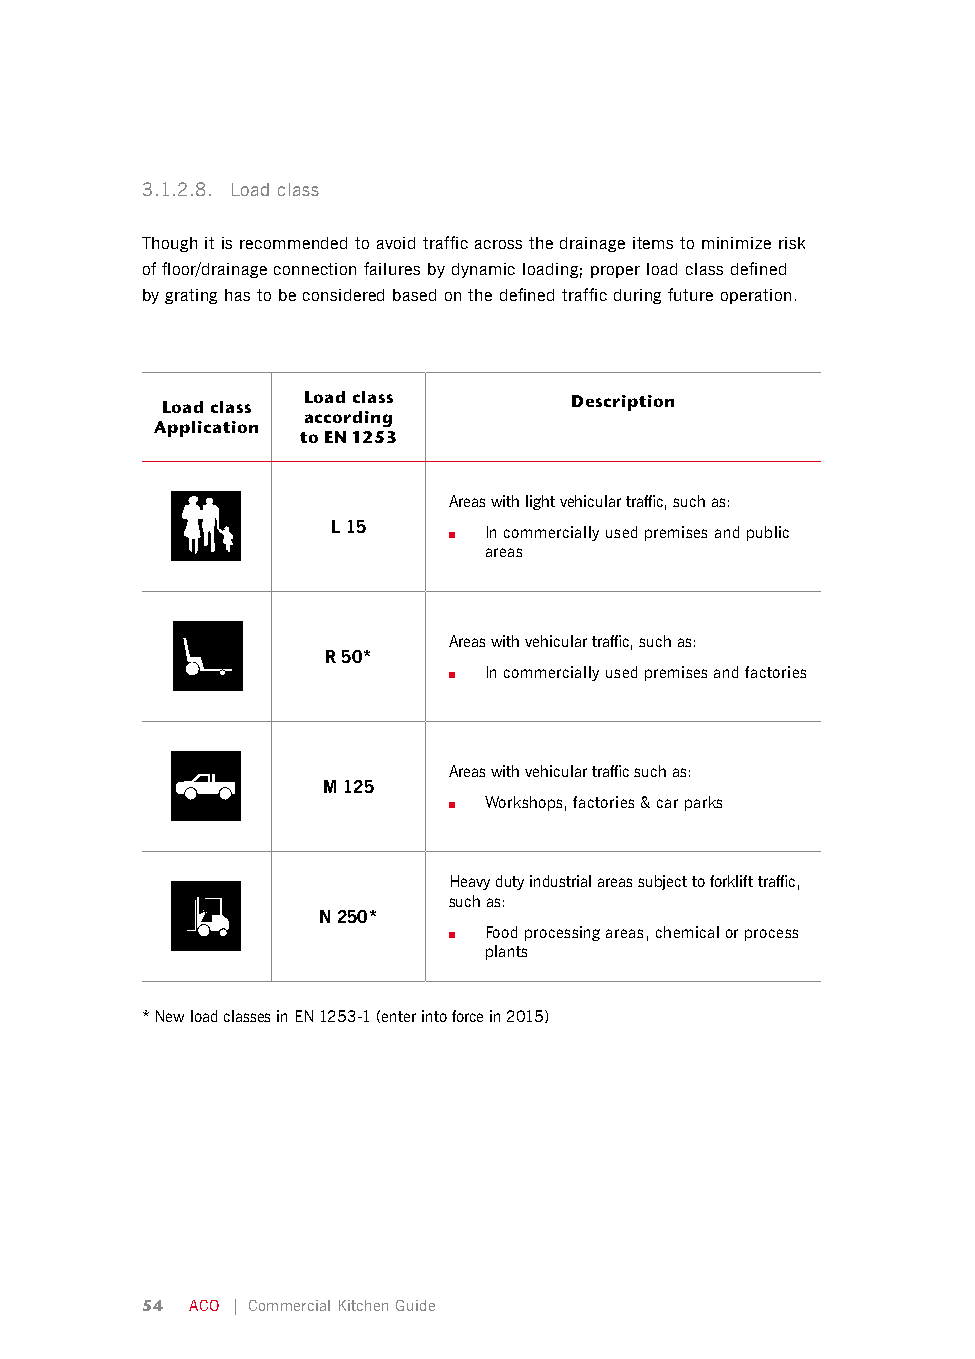
3.1.2.8. Load class
 Though it is recommended to avoid traffic across the drainage items to minimize risk
 of floor/drainage connection failures by dynamic loading; proper load class defined
 by grating has to be considered based on the defined traffic during future operation.
 Load class Load class      Description
 according
 Application
 to EN 1253
 Areas with light vehicular traffic, such as:
 L 15
 ■ In commercially used premises and public
 areas
 Areas with vehicular traffic, such as:
 R 50*
 ■ In commercially used premises and factories
 Areas with vehicular traffic such as:
 M 125
 ■ Workshops, factories & car parks
 Heavy duty industrial areas subject to forklift traffic,
 such as:
 N 250*
 ■ Food processing areas, chemical or process
 plants
 * New load classes in EN 1253-1 (enter into force in 2015)
 54  ACO | Commercial Kitchen Guide